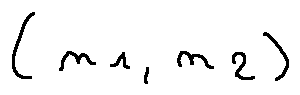
( n _ { 1 } , n _ { 2 } )